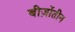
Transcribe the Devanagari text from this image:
बीज़ोंतीन